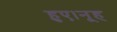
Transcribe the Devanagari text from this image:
हुए।नूह